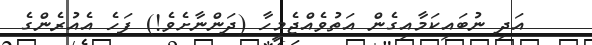
އަދި ނުބައިކަމާއިގެން އަތުވެއްޖެމީހާ (ދަންނާށެވެ!) ފަހެ އެއުރެންގެ